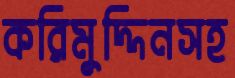
করিমুদ্দিনসহ